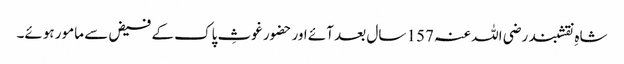
شاہِ نقشبند رضی اللہ عنہ 157 سال بعد آئے اور حضور غوثِ پاک کے فیض سے مامور ہوئے۔